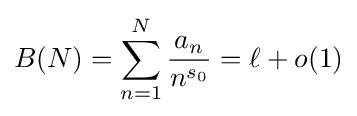
B(N)=\sum _{n=1}^{N}{\frac {a_{n}}{n^{s_{0}}}}=\ell +o(1)